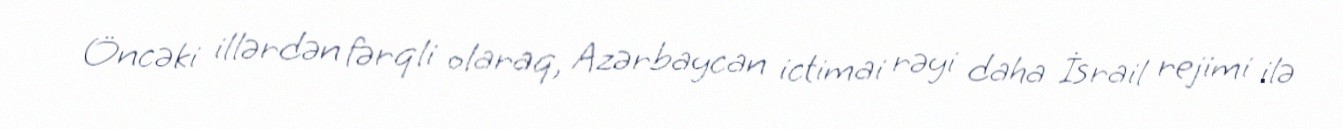
Öncəki illərdən fərqli olaraq, Azərbaycan ictimai rəyi daha İsrail rejimi ilə